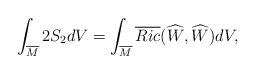
LaTeX: \begin{align*} \int_{\overline{M}}2S_{2}dV=\int_{\overline{M}}\overline{Ric}(\widehat{W},\widehat{W})dV,\end{align*}